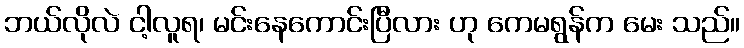
ဘယ်လိုလဲ ငါ့လူရ၊ မင်းနေကောင်းပြီလား ဟု ကေမရွန်က မေး သည်။